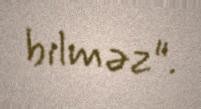
bilməz".